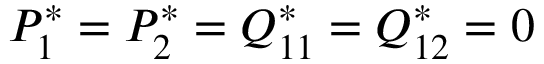
P _ { 1 } ^ { * } = P _ { 2 } ^ { * } = Q _ { 1 1 } ^ { * } = Q _ { 1 2 } ^ { * } = 0